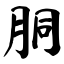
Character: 胴